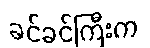
ခင်ခင်ကြီးက